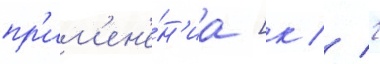
пр'им'ен'е́н'иа [к // 2